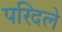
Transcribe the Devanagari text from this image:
परिदले